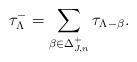
LaTeX: \begin{align*}\tau^-_\Lambda=\sum_{\beta\in \Delta_{J,n}^+}\tau_{\Lambda-\beta}.\end{align*}